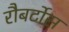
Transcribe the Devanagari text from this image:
रौबर्टोस